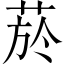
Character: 菸